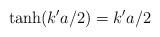
LaTeX: \begin{align*}\tanh(k'a/2)=k'a/2\end{align*}